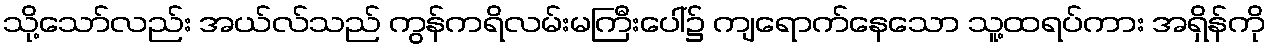
သို့သော်လည်း အယ်လ်သည် ကွန်ကရိလမ်းမကြီးပေါ်၌ ကျရောက်နေသော သူ့ထရပ်ကား အရှိန်ကို